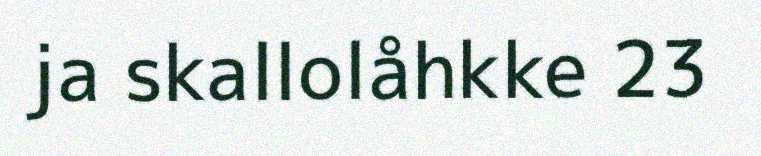
ja skallolåhkke 23